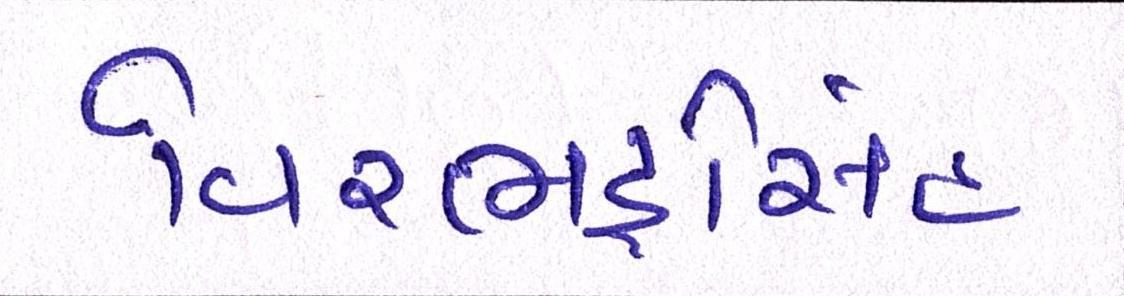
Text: વિરભદ્રસિંહ